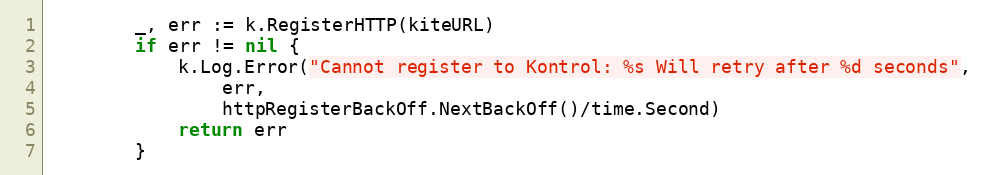
Language: Go
		_, err := k.RegisterHTTP(kiteURL)
		if err != nil {
			k.Log.Error("Cannot register to Kontrol: %s Will retry after %d seconds",
				err,
				httpRegisterBackOff.NextBackOff()/time.Second)
			return err
		}